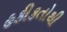
હકીકતોથી